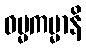
ဓမ္မကမ္မာနိ